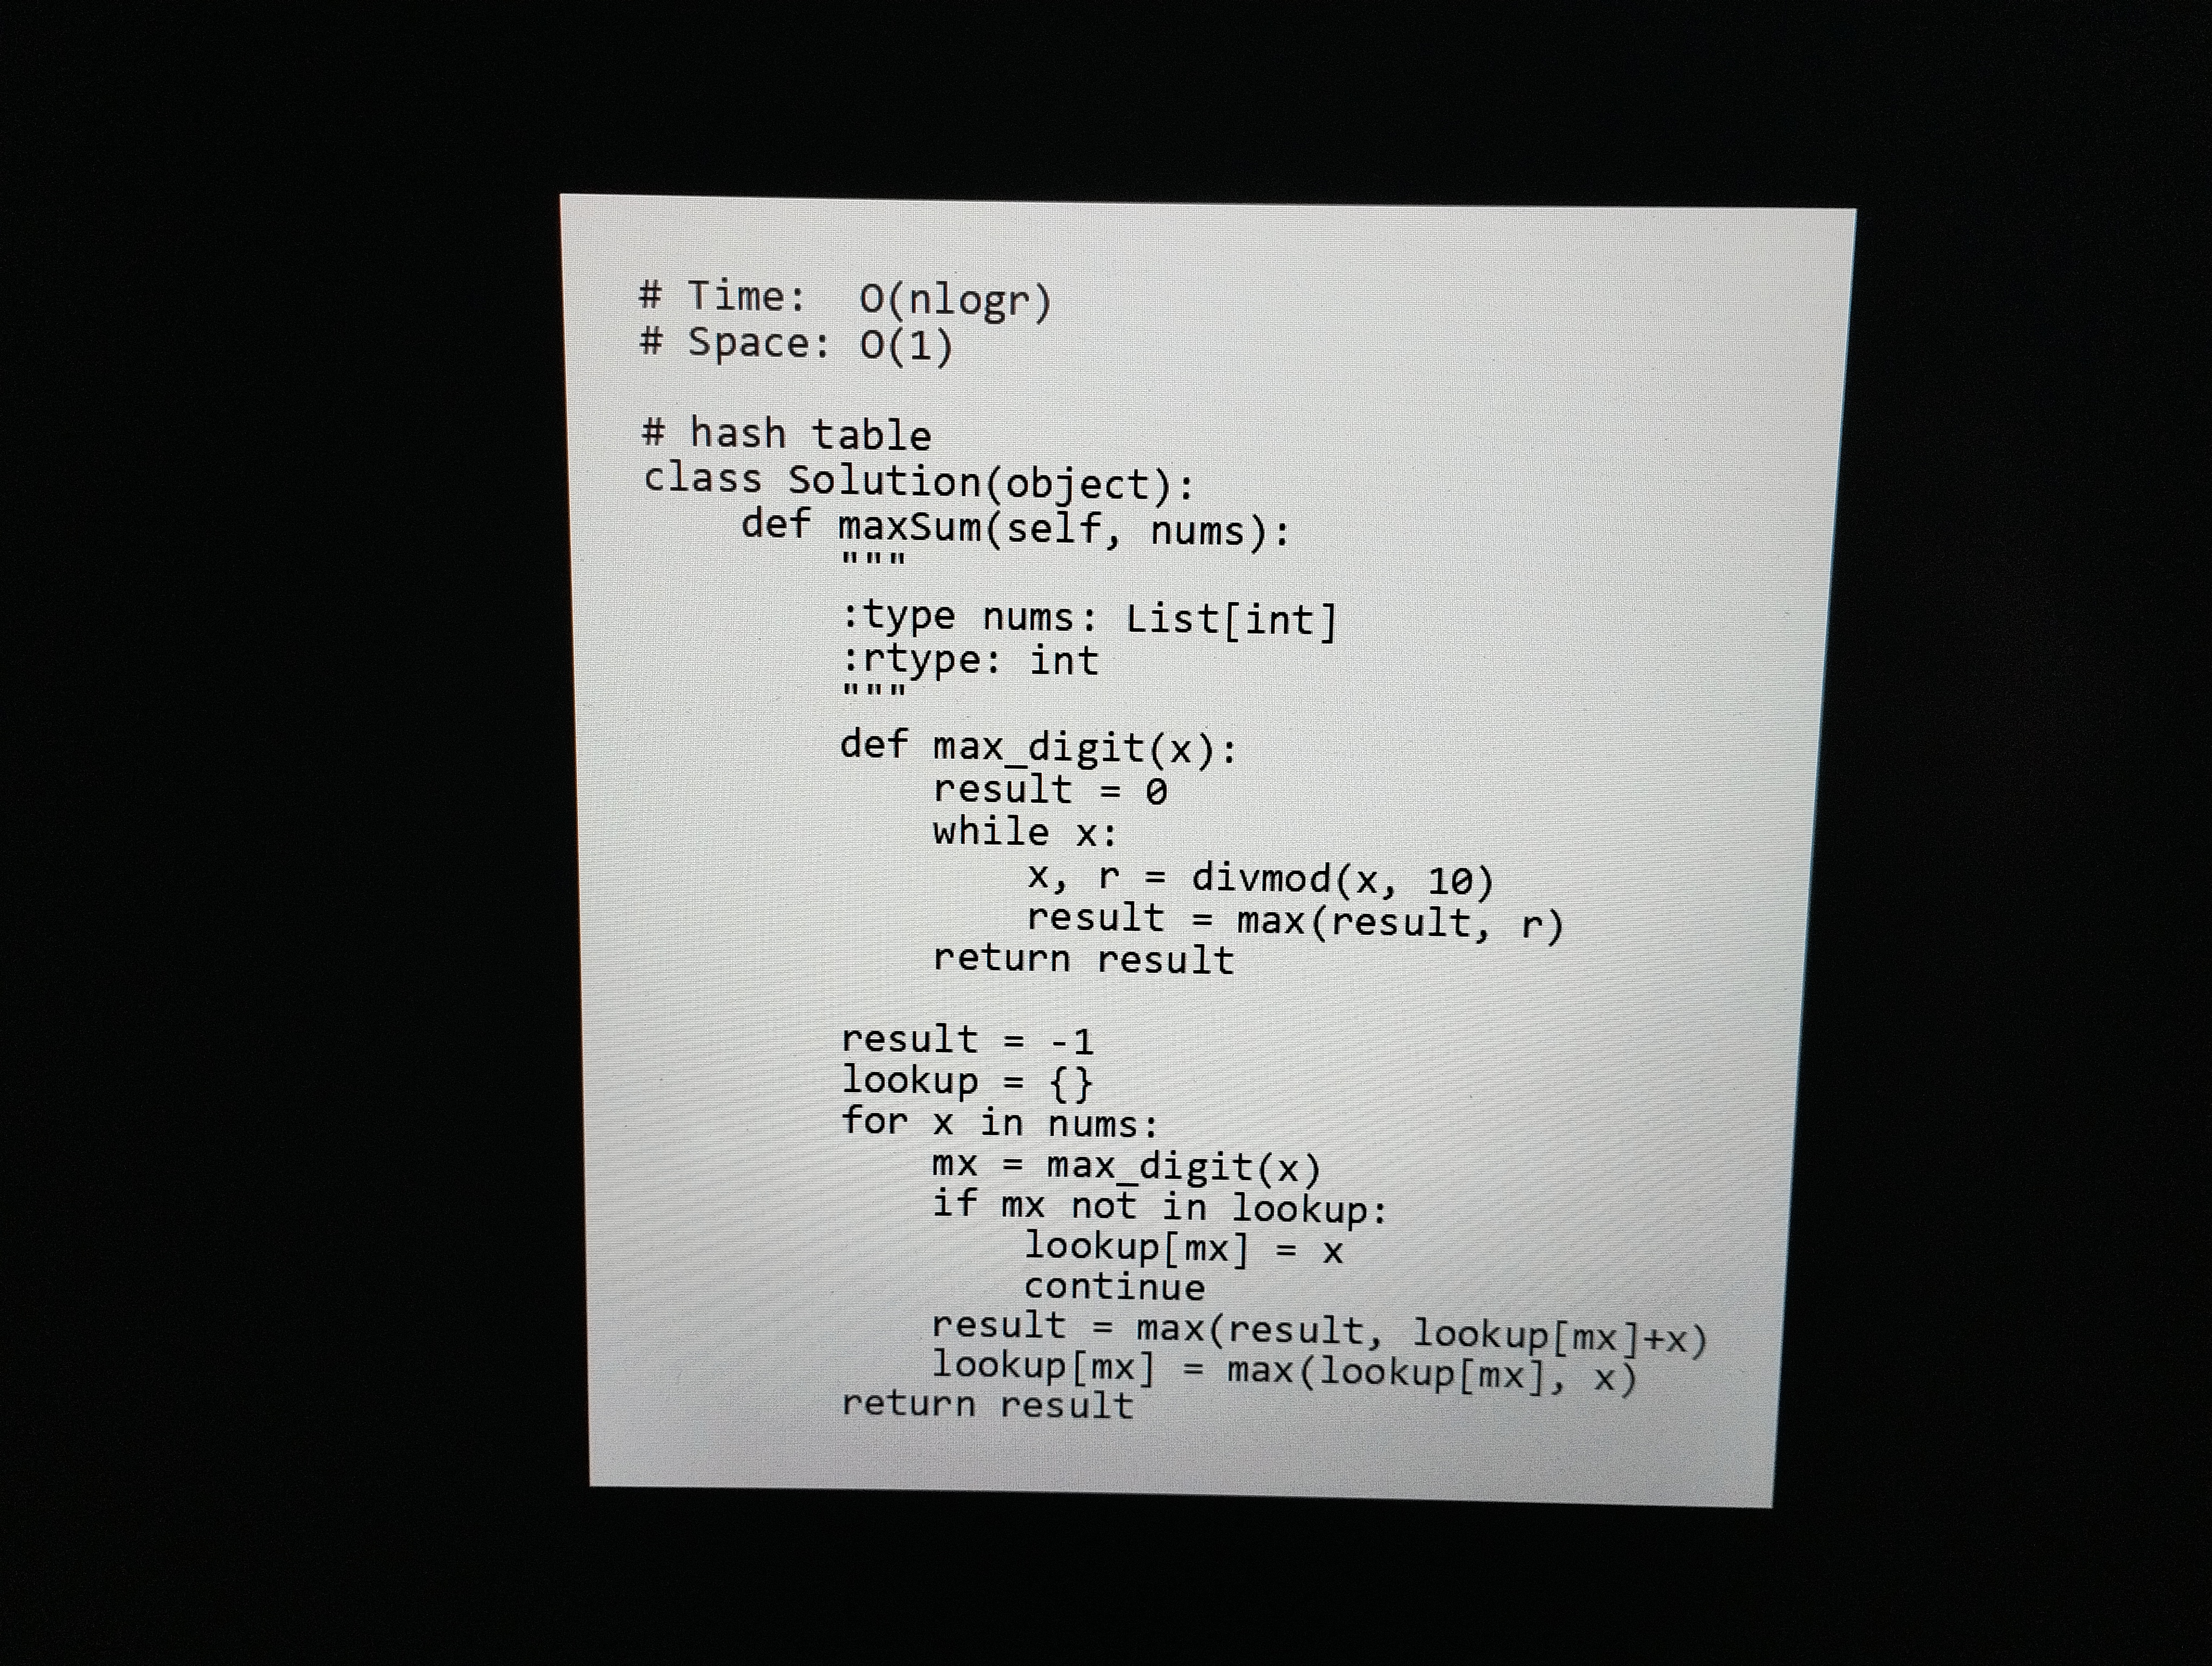
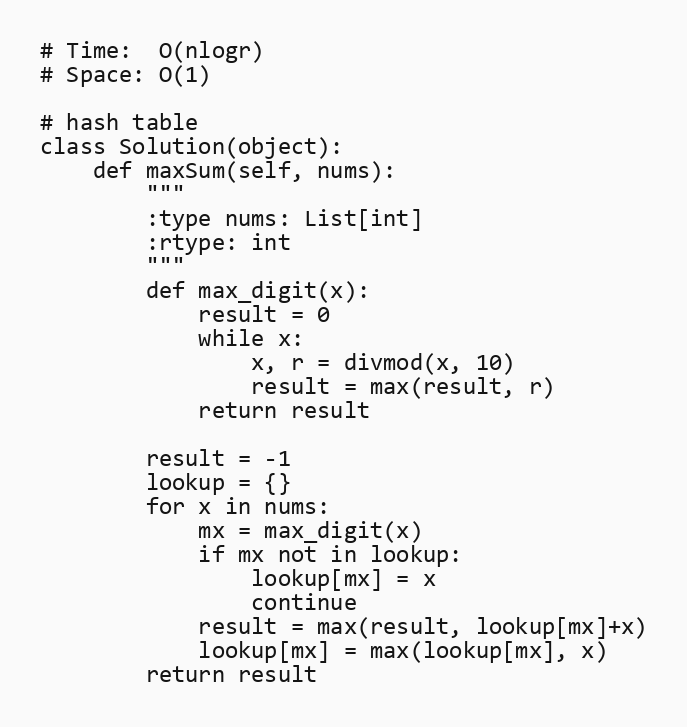
# Time:  O(nlogr)
# Space: O(1)

# hash table
class Solution(object):
    def maxSum(self, nums):
        """
        :type nums: List[int]
        :rtype: int
        """
        def max_digit(x):
            result = 0
            while x:
                x, r = divmod(x, 10)
                result = max(result, r)
            return result

        result = -1
        lookup = {}
        for x in nums:
            mx = max_digit(x)
            if mx not in lookup:
                lookup[mx] = x
                continue
            result = max(result, lookup[mx]+x)
            lookup[mx] = max(lookup[mx], x)
        return result